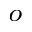
^ o